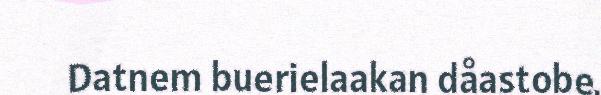
Datnem buerielaakan dåastobe.